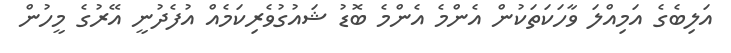
އަލިބެގެ އަމިއްލަ ވާހަކަތަކުން އެންމެ އެންމެ ބޮޑު ޝައުގުވެރިކަމެއް އުފެދުނީ އޭރުގެ މީހުން